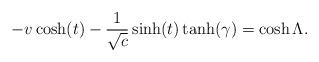
LaTeX: \begin{align*} -v\cosh(t)-\frac{1}{\sqrt{c}}\sinh(t)\tanh(\gamma)=\cosh \Lambda.\end{align*}